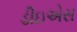
ડીઇએસ